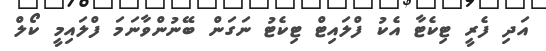
އަދި ފެރީ ޓިކެޓާ އެކު ފްލައިޓް ޓިކެޓު ނަގަން ބޭނުންވާނަމަ ފްލައިމީ ކޯލް